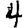
Digit: 4